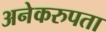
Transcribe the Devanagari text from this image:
अनेकरुपता